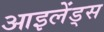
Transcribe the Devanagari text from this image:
आइलेंड्स